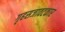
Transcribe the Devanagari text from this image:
गृहसजावटकार